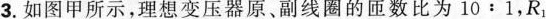
3.如图甲所示，理想变压器原、副线圈的匝数比为10:1，R_{1}